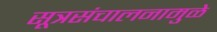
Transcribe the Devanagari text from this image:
सूत्रसंचालनामुळे